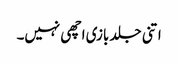
اتنی جلد بازی اچھی نہیں۔